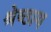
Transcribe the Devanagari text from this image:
श्रेष्ठाय